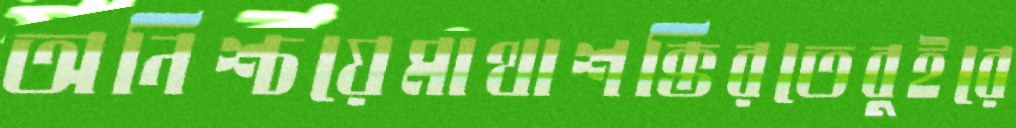
অনিশ্চয়েমাথাশক্তিরতেবুইরে